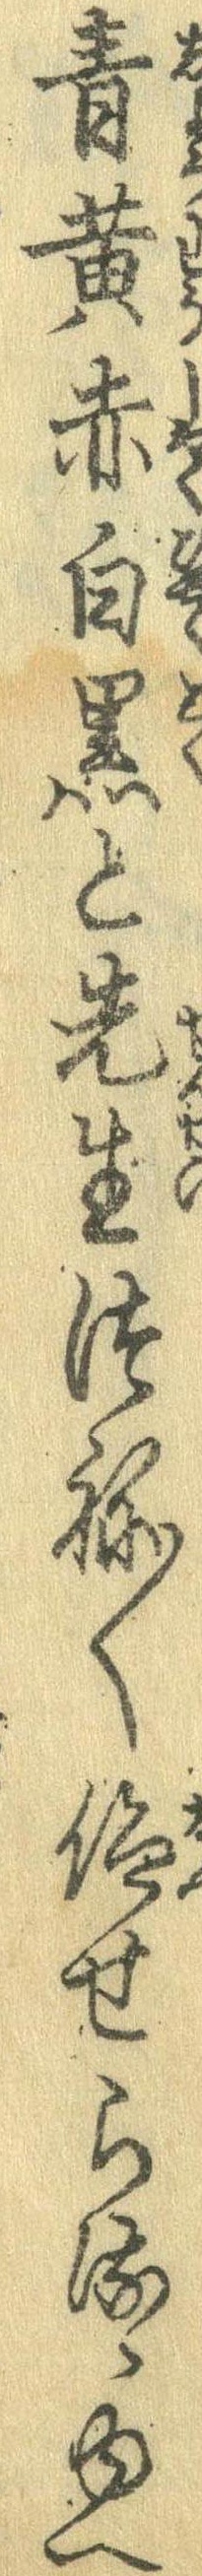
青黄赤白黒と先生つね〱仰せらるゝゆへ